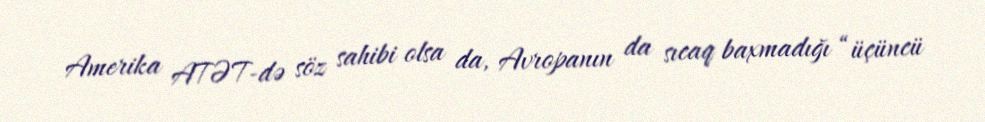
Amerika ATƏT-də söz sahibi olsa da, Avropanın da sıcaq baxmadığı “üçüncü